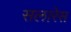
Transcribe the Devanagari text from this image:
सलारेस